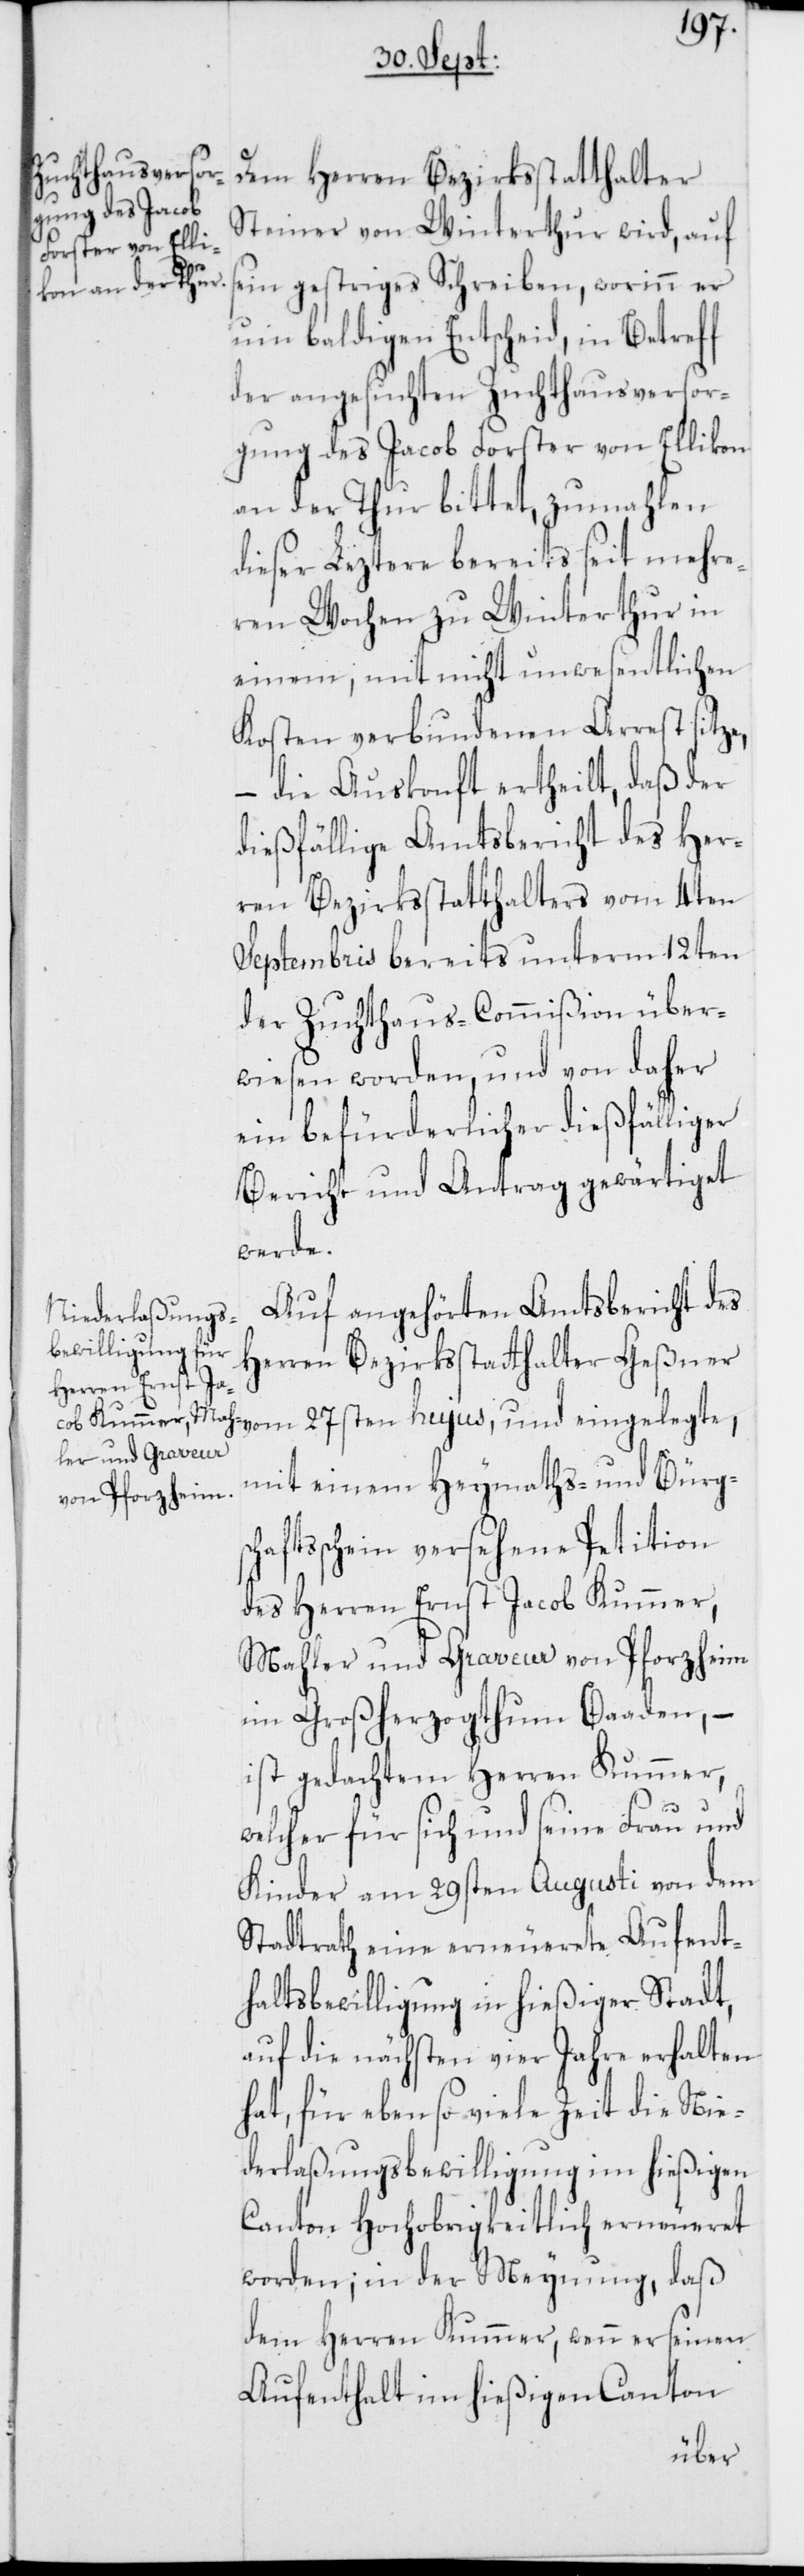
Dem Herren Bezirksstatthalter
Steiner von Winterthur wird, auf
sein gestriges Schreiben, worinn er
um baldigen Entscheid, in Betreff
der angesuchten Zuchthausversor¬
gung des Jacob Forster von Ellikon
an der Thur bittet, zumahlen
dieser Leztere bereits seit mehre¬
ren Wochen zu Winterthur in
einem, mit nicht unwesentlichen
Kosten verbundenen Arrest sitze,
– die Auskonft ertheilt, daß der
dießfällige Amtsbericht des Her¬
ren Bezirksstatthalters vom 4ten
Septembris bereits unterm 12ten
der Zuchthaus-Commißion über¬
wiesen worden, und von daher
ein befürderlicher dießfälliger
Bericht und Antrag gewärtiget
werde.
Auf angehörten Amtsbericht des
Herren Bezirksstatthalter Geßner
mit einem Heymaths- und Bürgsc¬
haftsschein versehene Petition
des Herren Ernst Jacob Kummer,
Mahler und Graveur von Pforzheim
im Großherzogthum Baaden, –
ist gedachtem Herren Kummer,
welcher für sich und seine Frau und
Kinder am 29sten Augusti von dem
Stadtrath eine erneuerete Aufent¬
haltsbewilligung in hießiger Stadt,
auf die nächsten vier Jahre erhalten
hat, für eben so viele Zeit die Nie¬
derlaßungsbewilligung im hießigen
Canton Hochobrigkeitlich erneueret
worden; in der Meynung, daß
dem Herren Kummer, wenn er seinen
Aufenthalt im hießigen Canton